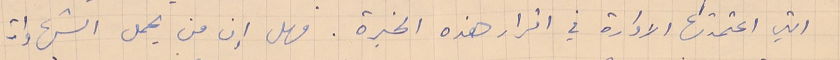
التي اعتمدتها الادارة في اقرار هذه الخبرة. فهل إن من يحمل الشهادات